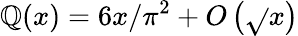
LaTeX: \mathbb{Q}(x)=6x/\pi^{2}+O\left({\sqrt{}{{x}}}\right)